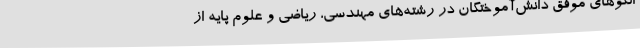
الگوهای موفق دانش‌آموختگان در رشته‌های مهندسی، ریاضی و علوم پایه از